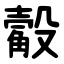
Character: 觳